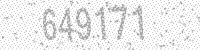
Solution: 649171